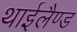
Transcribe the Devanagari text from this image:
थाईलैण्‍ड